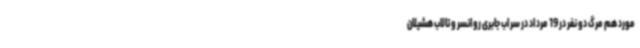
مورد هم مرگ دو نفر در 19 مرداد در سراب جابری روانسر و تالاب هشیلان